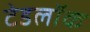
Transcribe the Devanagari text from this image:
टेडलॉक